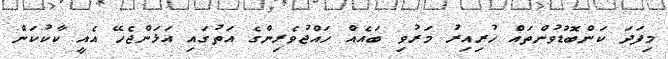
މިފަދަ ކަންބޮޑުވުންތައް ހުރިއިރު މަރުވި ބައެއް ހައްޖުވެރިންގެ އަތުގައި އަޅަންޖެހޭ އެއީ ކާކުކަން